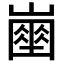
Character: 𡽔